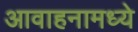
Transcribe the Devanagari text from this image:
आवाहनामध्ये